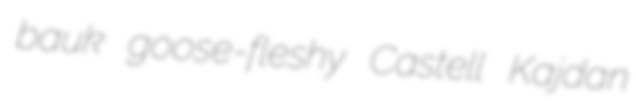
bauk goose-fleshy Castell Kajdan